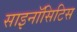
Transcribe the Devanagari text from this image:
साइनॉसिटिस